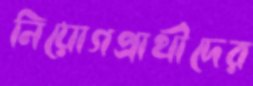
নিয়োগপ্রার্থীদের